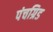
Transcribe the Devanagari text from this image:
पंचग्रिड